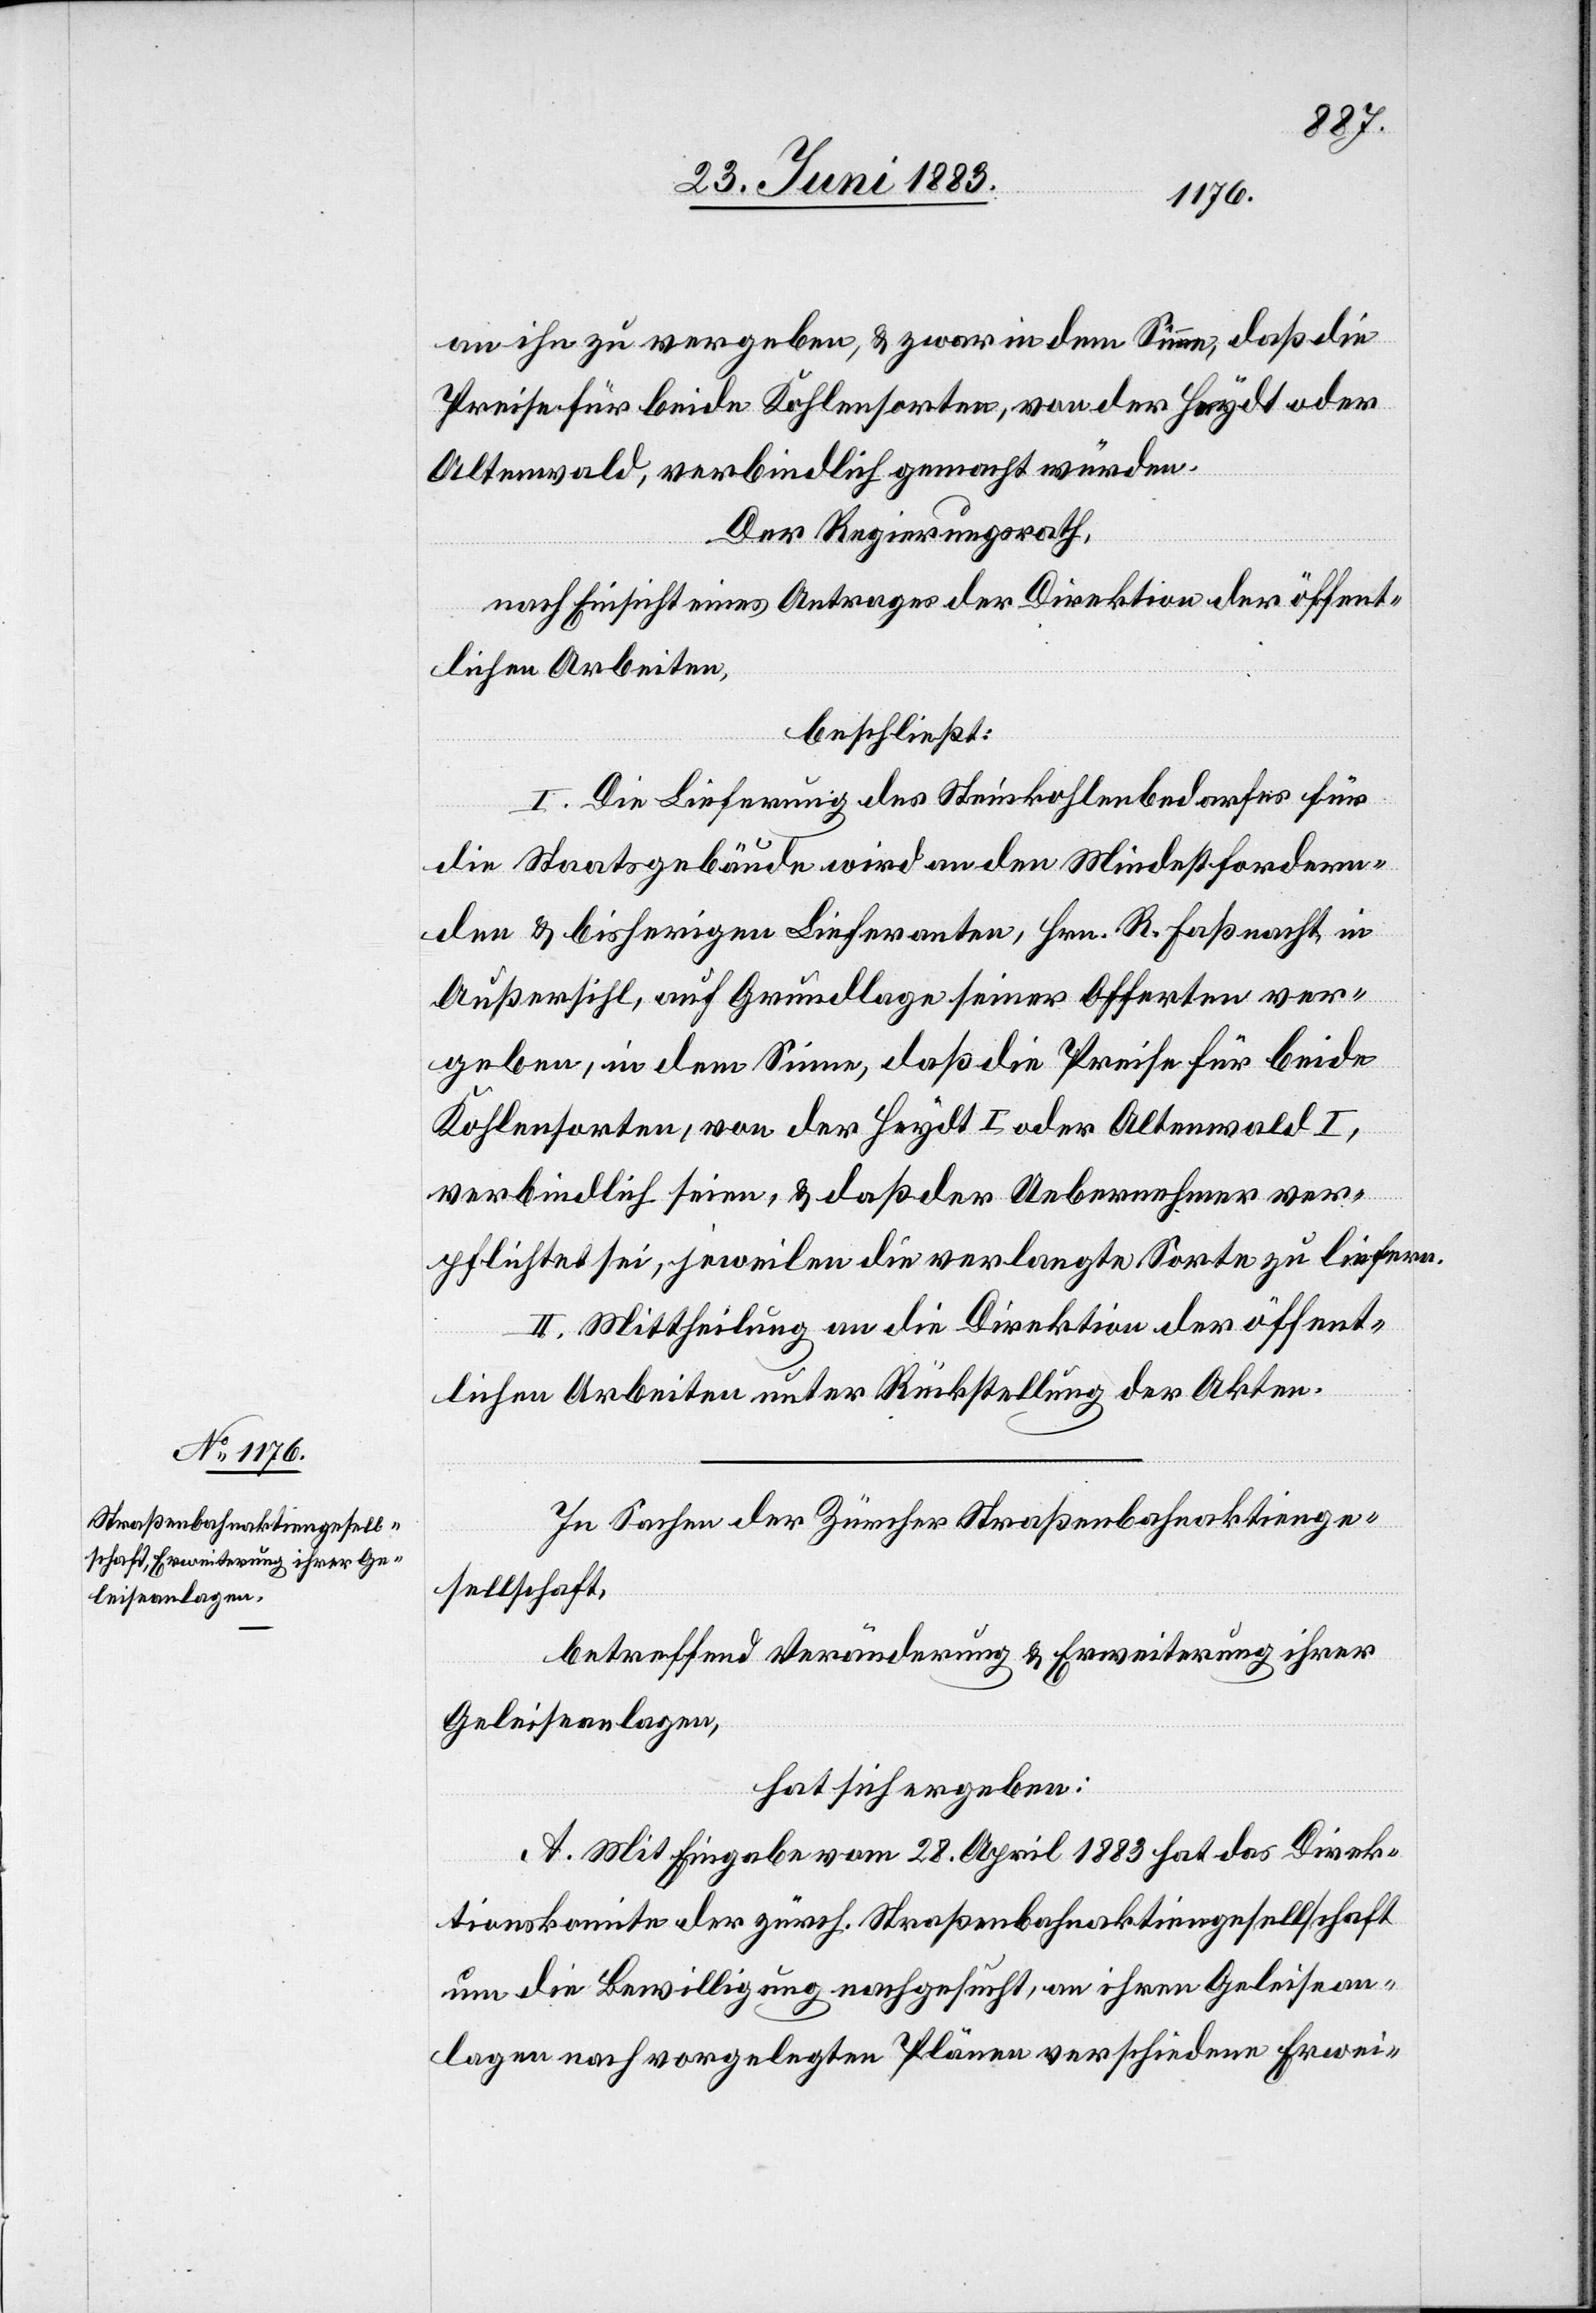
an ihn zu vergeben, & zwar in dem Sinne, daß die
Preise für beide Kohlensorten, von der Heydt oder
Altenwald, verbindlich gemacht würden.
Der Regierungsrath,
nach Einsicht eines Antrages der Direktion der öffent¬
lichen Arbeiten,
beschließt:
I. Die Lieferung des Steinkohlenbedarfes für
die Staatsgebäude wird an den Mindestfordern¬
den & bisherigen Lieferanten, Hrn. R. Faßnacht, in
Außersihl, auf Grundlage seiner Offerten ver¬
geben, in dem Sinne, daß die Preise für beide
Kohlensorten, von der Heydt I oder Altenwald I,
verbindlich seien, & daß der Uebernehmer ver¬
pflichtet sei, jeweilen die verlangte Sorte zu liefern.
II. Mittheilung an die Direktion der öffent¬
lichen Arbeiten unter Rückstellung der Akten.
In Sachen der Zürcher Straßenbahnaktienge¬
sellschaft,
betreffend Veränderung & Erweiterung ihrer
Geleiseanlagen,
hat sich ergeben:
A. Mit Eingabe vom 28. April 1883 hat das Direk¬
tionskomite der zürch. Straßenbahnaktiengesellschaft
um die Bewilligung nachgesucht, an ihren Geleisean¬
lagen nach vorgelegten Plänen verschiedene Erwei-